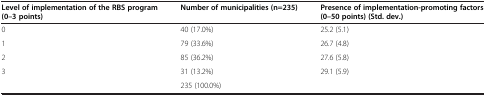
<table><thead><tr><td><b>Level of implementation of the RBS program (0–3 points)</b></td><td><b>Number of municipalities (n=235)</b></td><td><b>Presence of implementation-promoting factors (0–50 points) (Std. dev.)</b></td></tr></thead><tbody><tr><td>0</td><td>40 (17.0%)</td><td>25.2 (5.1)</td></tr><tr><td>1</td><td>79 (33.6%)</td><td>26.7 (4.8)</td></tr><tr><td>2</td><td>85 (36.2%)</td><td>27.6 (5.8)</td></tr><tr><td>3</td><td>31 (13.2%)</td><td>29.1 (5.9)</td></tr><tr><td> </td><td>235 (100.0%)</td><td> </td></tr></tbody></table>